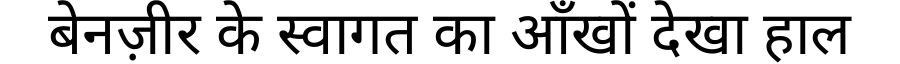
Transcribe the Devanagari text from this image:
बेनज़ीर के स्वागत का आँखों देखा हाल